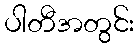
ပါတီအတွင်း